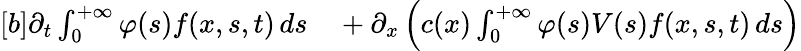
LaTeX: \begin{array}{r}{\begin{array}{rl}{[b]\partial_{t}\int_{0}^{+\infty}\varphi(s)f(x,s,t)\, ds}&{{}+\partial_{x}\left(c(x)\int_{0}^{+\infty}\varphi(s)V(s)f(x,s,t)\, ds\right)}\end{array}}\end{array}